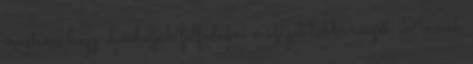
éreztem, hogy elinduljak felfedezni a sziget többi részét. Annak